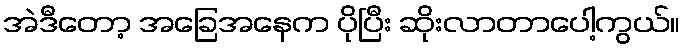
အဲဒီတော့ အခြေအနေက ပိုပြီး ဆိုးလာတာပေါ့ကွယ်။